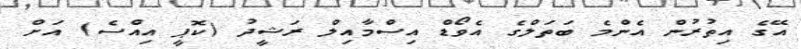
އޭގެ އިތުރުން އެންމެ ބަތަލްގެ އެވޯޑް އިސްމާއިލް ރަޝީދު (ކޮޕީ އިއްސެ) އަށް